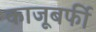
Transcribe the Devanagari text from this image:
काजूबर्फी